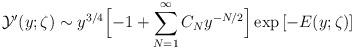
LaTeX: \begin{align*}{\mathcal Y'}(y;\zeta)\sim y^{3/4}\Bigl[-1+\sum_{N=1}^{\infty}C_Ny^{-N/2}\Bigr]\exp{[-E(y;\zeta)]}\end{align*}